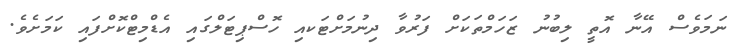
ނަމަވެސް އޭނާ އޮތީ ލިބުނު ޒަހަމްތަކަށް ފަރުވާ ދިނުމަށްޓަކއި ހޮސްޕިޓަލްގައި އެޑްމިޓްކޮށްފައި ކަމަށެވެ.